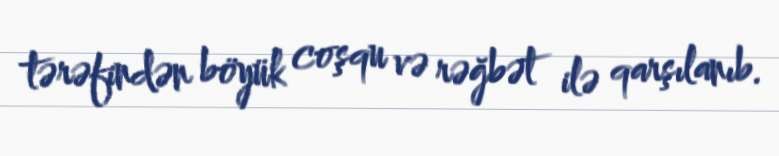
tərəfindən böyük coşqu və rəğbət ilə qarşılanıb.